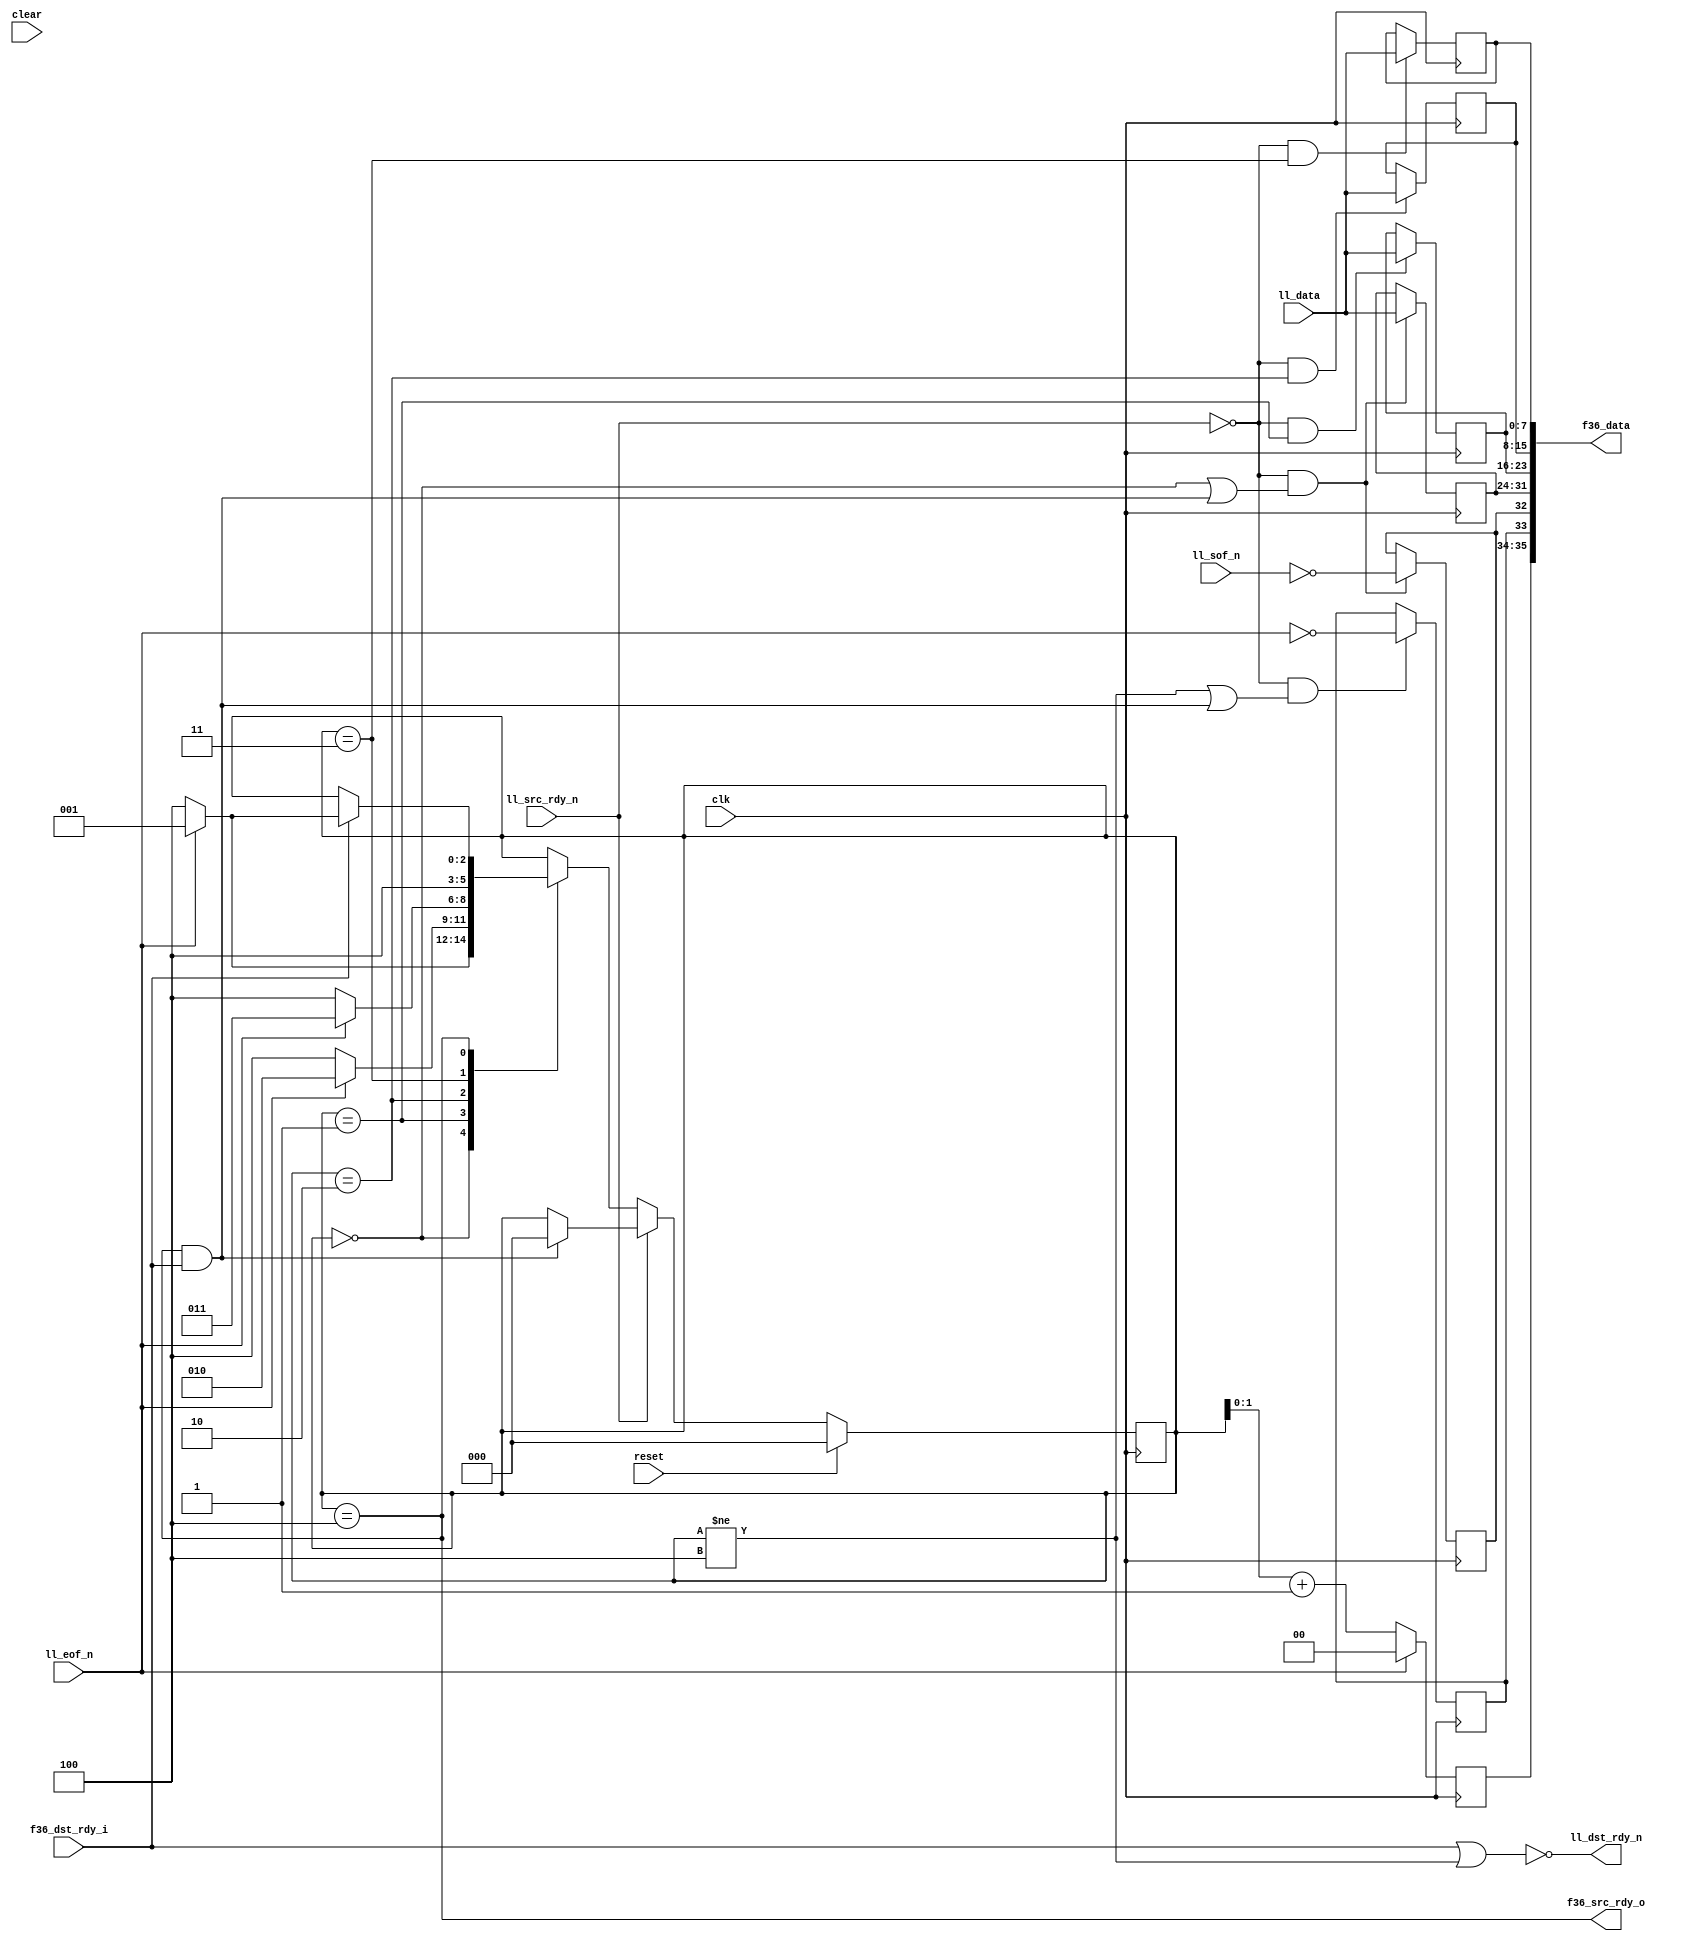
//
// Copyright 2011 Ettus Research LLC
//
// This program is free software: you can redistribute it and/or modify
// it under the terms of the GNU General Public License as published by
// the Free Software Foundation, either version 3 of the License, or
// (at your option) any later version.
//
// This program is distributed in the hope that it will be useful,
// but WITHOUT ANY WARRANTY; without even the implied warranty of
// MERCHANTABILITY or FITNESS FOR A PARTICULAR PURPOSE.  See the
// GNU General Public License for more details.
//
// You should have received a copy of the GNU General Public License
// along with this program.  If not, see <http://www.gnu.org/licenses/>.
//


module ll8_to_fifo36
  (input clk, input reset, input clear,
   input [7:0] ll_data,
   input ll_sof_n,
   input ll_eof_n,
   input ll_src_rdy_n,
   output ll_dst_rdy_n,

   output [35:0] f36_data,
   output f36_src_rdy_o,
   input f36_dst_rdy_i );

   wire f36_write    = f36_src_rdy_o & f36_dst_rdy_i;
      
   // Why anybody would use active low in an FPGA is beyond me...
   wire  ll_sof      = ~ll_sof_n;
   wire  ll_eof      = ~ll_eof_n;
   wire  ll_src_rdy  = ~ll_src_rdy_n;
   wire  ll_dst_rdy;
   assign    ll_dst_rdy_n = ~ll_dst_rdy;

   reg 	 f36_sof, f36_eof;
   reg [1:0] f36_occ;
   
   
   reg [2:0] state;
   reg [7:0] dat0, dat1, dat2, dat3;

   always @(posedge clk)
     if(ll_src_rdy & ((state==0)|f36_write))
       f36_sof <= ll_sof;

   always @(posedge clk)
     if(ll_src_rdy & ((state !=4)|f36_write))
       f36_eof <= ll_eof;

   always @(posedge clk)
     if(ll_eof)
       f36_occ <= state[1:0] + 1;
     else
       f36_occ <= 0;
   
   always @(posedge clk)
     if(reset)
       state   <= 0;
     else
       if(ll_src_rdy)
	 case(state)
	   0 : 
	     if(ll_eof)
	       state <= 4;
	     else
	       state <= 1;
	   1 : 
	     if(ll_eof)
	       state <= 4;
	     else
	       state <= 2;
	   2 : 
	     if(ll_eof)
	       state <= 4;
	     else 
	       state <= 3;
	   3 : state <= 4;
	   4 : 
	     if(f36_dst_rdy_i)
	       if(ll_eof)
		 state 	   <= 4;
	       else
		 state 	   <= 1;
	 endcase // case(state)
       else
	 if(f36_write)
	   state 	   <= 0;

   always @(posedge clk)
     if(ll_src_rdy & (state==3))
       dat3 		   <= ll_data;

   always @(posedge clk)
     if(ll_src_rdy & (state==2))
       dat2 		   <= ll_data;

   always @(posedge clk)
     if(ll_src_rdy & (state==1))
       dat1 		   <= ll_data;

   always @(posedge clk)
     if(ll_src_rdy & ((state==0) | f36_write))
       dat0 		   <= ll_data;
   
   assign    ll_dst_rdy     = f36_dst_rdy_i | (state != 4);
   assign    f36_data 	    = {f36_occ,f36_eof,f36_sof,dat0,dat1,dat2,dat3};  // FIXME endianess
   assign    f36_src_rdy_o  = (state == 4);
      
endmodule // ll8_to_fifo36